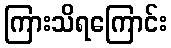
ကြားသိရကြောင်း